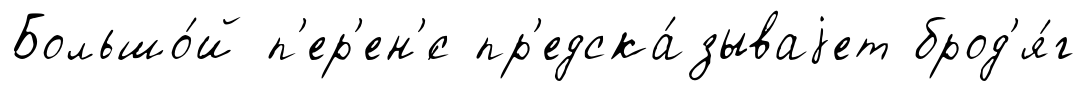
Большо́й п'ер'ен'́с пр'едска́зываjет брод'я́г